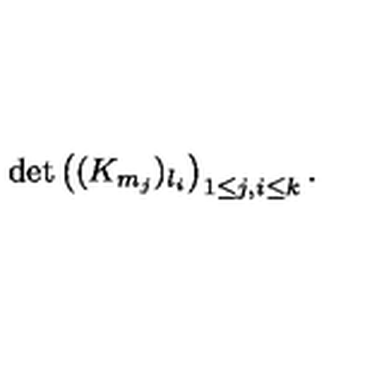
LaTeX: \det \left( ( K _ { m _ { j } } ) _ { l _ { i } } \right) _ { 1 \le j , i \le k } .